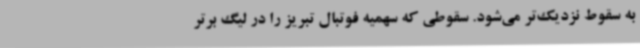
به سقوط نزدیک‌تر می‌شود. سقوطی که سهمیه فوتبال تبریز را در لیگ برتر